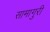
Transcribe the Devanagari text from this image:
सामागुरी